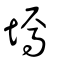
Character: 墕